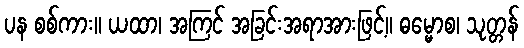
ပန စစ်ကား။ ယထာ၊ အကြင် အခြင်းအရာအားဖြင့်။ ဓမ္မောစ၊ သုတ္တန်